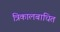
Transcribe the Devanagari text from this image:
त्रिकालबाधित